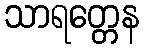
သာရတ္တေန